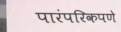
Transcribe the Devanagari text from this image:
पारंपरिकपणे